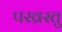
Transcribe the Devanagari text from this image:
परव्रस्तु